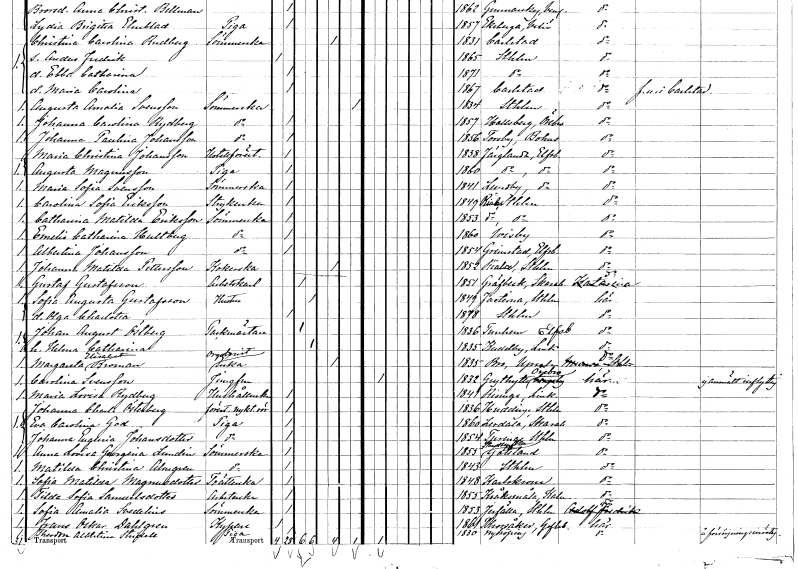
gt_parse: households: individuals: FN: Maria Christina
EN: Johansson
YRKE: Hotellföreståndarinna
KON: K
CIV: O
FODAR: 1838
FODFORS: Färgelanda Älvsborgs län
FN: Augusta
EN: Magnusson
YRKE: Piga
KON: K
CIV: O
FODAR: 1860
FODFORS: Färgelanda Älvsborgs län
FN: Maria Sofia
EN: Svensson
YRKE: Sömmerska
KON: K
CIV: O
FODAR: 1841
FODFORS: Stora Lundby Älvsborgs län
FN: Carolina Sofia
EN: Eriksson
YRKE: Strykerska
KON: K
CIV: O
FODAR: 1849
FODFORS: Riala Stockholms län
FN: Catharina Matilda
EN: Eriksson
YRKE: Sömmerska
KON: K
CIV: O
FODAR: 1853
FODFORS: Riala Stockholms län
FN: Emelie Catharina
EN: Hultberg
YRKE: Sömmerska
KON: K
CIV: O
FODAR: 1860
FODFORS: Visby Gotlands län
FN: Albertina
EN: Johansson
YRKE: Sömmerska
KON: K
CIV: O
FODAR: 1854
FODFORS: Grinstad Älvsborgs län
FN: Johanna Matilda
EN: Pettersson
YRKE: Kokerska
KON: K
CIV: E
FODAR: 1852
FODFORS: Riala Stockholms län
FN: Gustaf
EN: Gustafsson
YRKE: Arbetskarl
KON: M
CIV: G
FODAR: 1851
FODFORS: Grevbäck Skaraborgs län
FN: Sofia Augusta
EN: Gustafsson
YRKE: Hustru
KON: K
CIV: G
FODAR: 1849
FODFORS: Fasterna Stockholms län
FN: Olga Charlotta
KON: K
CIV: O
FODAR: 1878
FODFORS: Stockholm
FN: Johan August
EN: Östberg
YRKE: Packmästare
KON: M
CIV: G
FODAR: 1836
FODFORS: Tunhem Älvsborgs län
FN: Helena Catharina
KON: K
CIV: G
FODAR: 1835
FODFORS: Kuddby Östergötlands län
FN: Margareta Elisabet
EN: Broman
YRKE: Organistsänka
KON: K
CIV: E
FODAR: 1835
FODFORS: Bro Stockholms län
FN: Carolina
EN: Svensson
YRKE: Jungfru
KON: K
CIV: O
FODAR: 1832
FODFORS: Grythyttan Örebro län
FN: Maria Lovisa
EN: Rydberg
YRKE: Hushållerska
KON: K
CIV: O
FODAR: 1841
FODFORS: Risinge Östergötlands län
FN: Johanna Charlotta
EN: Österberg
YRKE: Nykterhetsföreståndarinna
KON: K
CIV: O
FODAR: 1836
FODFORS: Huddinge Stockholms län
FN: Eva Carolina
EN: God
YRKE: Piga
KON: K
CIV: O
FODAR: 1860
FODFORS: Lerdala Skaraborgs län
FN: Johanna Eugenia
EN: Johansdotter
YRKE: Piga
KON: K
CIV: O
FODAR: 1854
FODFORS: Turinge Stockholms län
FN: Anna Lovisa Georgina
EN: Lundin
YRKE: Sömmerska
KON: K
CIV: O
FODAR: 1855
FODFORS: Stenkyrka Gotlands län
FN: Matilda Christina
EN: Almgren
YRKE: Sömmerska
KON: K
CIV: O
FODAR: 1843
FODFORS: Stockholm
FN: Sofia Matilda
EN: Magnusdotter
YRKE: Tvätterska
KON: K
CIV: O
FODAR: 1848
FODFORS: Karlskrona Blekinge län
FN: Tilda Sofia
EN: Samuelsdotter
YRKE: Arbeterska
KON: K
CIV: O
FODAR: 1855
FODFORS: Kråksmåla Kalmar län
FN: Sofia Amalia
EN: Svedelius
YRKE: Sömmerska
KON: K
CIV: O
FODAR: 1853
FODFORS: Järfälla Stockholms län
FN: Frans Oskar
EN: Dahlgren
YRKE: Kypare
KON: M
CIV: O
FODAR: 1861
FODFORS: Torsåker Gävleborgs län
FN: Theodora Albertina
EN: Stridell
YRKE: Piga
KON: K
CIV: O
FODAR: 1830
FODFORS: Nyköping Södermanlands län